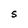
Character: S